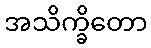
အသိက္ခိတော